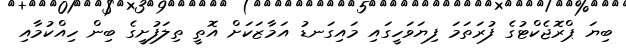
ބިޔަ ޕްރޮޖެކްޓުގެ ފުރަތަމަ ފިޔަވަހީގައި މައިގަނޑު އަމާޒަކަށް އޮތީ ތިލަފުށީގެ ބިން ހިއްކުމާއި